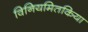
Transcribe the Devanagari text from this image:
विनियमितकिया